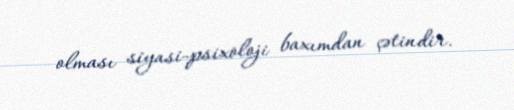
olması siyasi-psixoloji baxımdan çətindir.